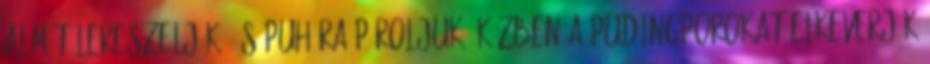
almát lereszeljük, és puhára pároljuk. Közben a pudingporokat elkeverjük